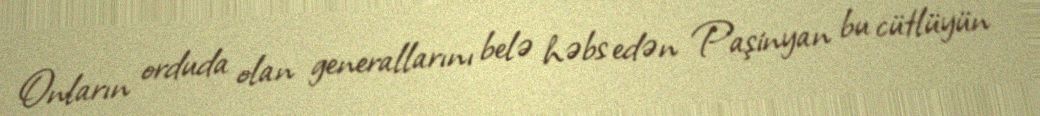
Onların orduda olan generallarını belə həbs edən Paşinyan bu cütlüyün